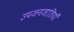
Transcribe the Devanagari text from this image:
उपजनजातियाँ